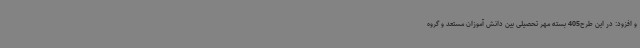
و افزود: در این طرح405 بسته مهر تحصیلی بین دانش آموزان مستعد و گروه